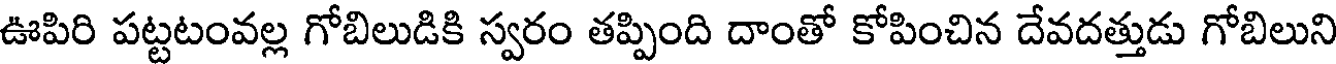
ఊపిరి పట్టటంవల్ల గోబిలుడికి స్వరం తప్పింది దాంతో కోపించిన దేవదత్తుడు గోబిలుని